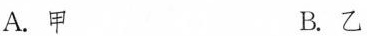
A.甲 B.乙